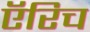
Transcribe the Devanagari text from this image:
ऍरिच